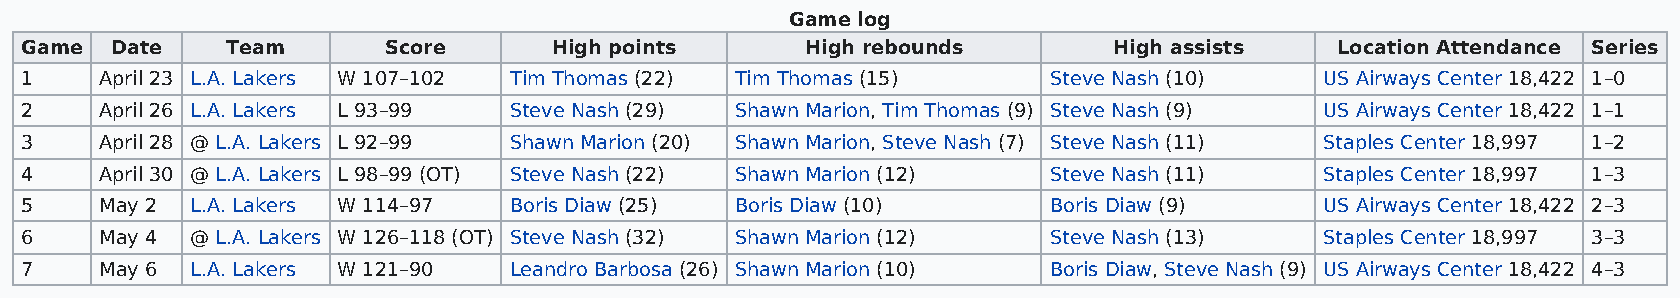
Game log
 Game  Date    Team      Score       High points     High rebounds        High assists  Location Attendance Series
 1     April 23 L.A. Lakers W 107–102 Tim Thomas (22) Tim Thomas (15) Steve Nash (10)   US Airways Center 18,422 1–0
 2     April 26 L.A. Lakers L 93–99 Steve Nash (29) Shawn Marion, Tim Thomas (9) Steve Nash (9) US Airways Center 18,422 1–1
 3     April 28 @ L.A. Lakers L 92–99 Shawn Marion (20) Shawn Marion, Steve Nash (7) Steve Nash (11) Staples Center 18,997 1–2
 4     April 30 @ L.A. Lakers L 98–99 (OT) Steve Nash (22) Shawn Marion (12) Steve Nash (11) Staples Center 18,997 1–3
 5     May 2 L.A. Lakers W 114–97 Boris Diaw (25) Boris Diaw (10)     Boris Diaw (9)    US Airways Center 18,422 2–3
 6     May 4 @ L.A. Lakers W 126–118 (OT) Steve Nash (32) Shawn Marion (12) Steve Nash (13) Staples Center 18,997 3–3
 7     May 6 L.A. Lakers W 121–90 Leandro Barbosa (26) Shawn Marion (10) Boris Diaw, Steve Nash (9) US Airways Center 18,422 4–3